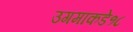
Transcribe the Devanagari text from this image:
उगमाकडे१८